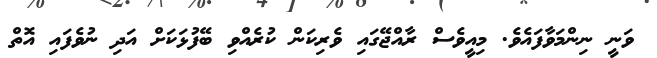
ވަނީ ނިންމަވާފައެވެ. މިއީވެސް ރާއްޖޭގައި ވެރިކަން ކުރެއްވި ބޭފުޅަކަށް އަދި ނުވެފައި އޮތް